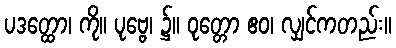
ပဒတ္ထော၊ ကို။ ပုဗ္ဗေ၊ ၌။ ဝုတ္တော ဧဝ၊ လျှင်ကတည်း။